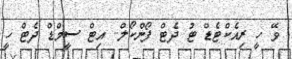
ވޭ ހީ ރިއެކްޓެޑް ޓު ދެޓް ފޯންކޯލް.. އިޓް ސީމްޑް ދެޓް ހީ